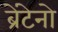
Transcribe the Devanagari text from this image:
ब्रेंटेनो